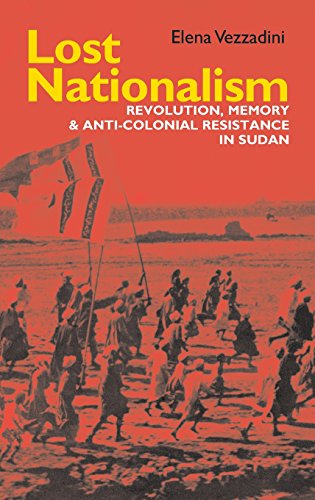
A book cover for Lost Nationalism (Eastern Africa Series); Elena Vezzadini; History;